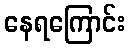
နေရကြောင်း